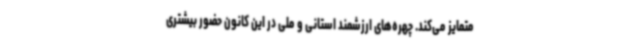
متمایز می‌کند. چهره‌های ارزشمند استانی و ملی در این کانون حضور بیشتری